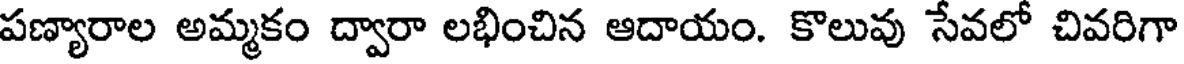
పణ్యారాల అమ్మకం ద్వారా లభించిన ఆదాయం. కొలువు సేవలో చివరిగా